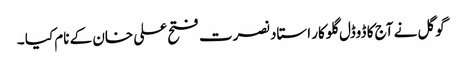
گوگل نے آج کا ڈوڈل گلوکار استاد نصرت فتح علی خان کے نام کیا ۔